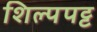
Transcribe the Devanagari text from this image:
शिल्पपट्ट